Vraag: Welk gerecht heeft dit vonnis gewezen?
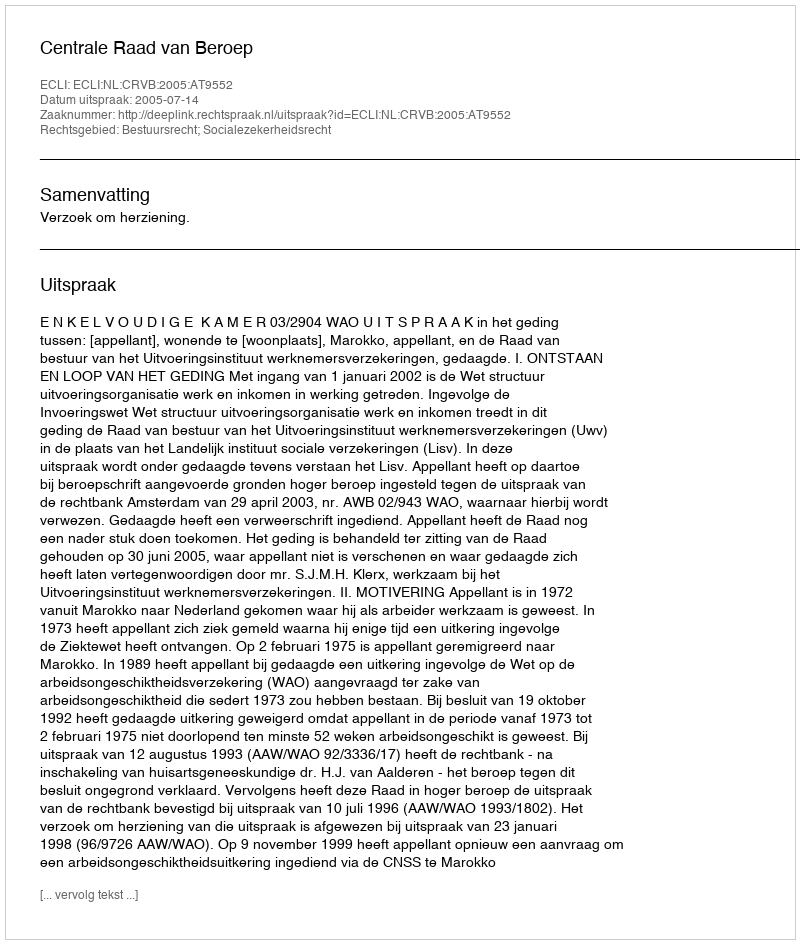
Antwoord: Centrale Raad van Beroep